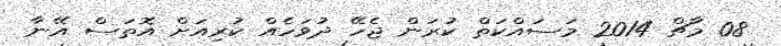
08 މާޗް 2014 މަސައްކަތް ކުރަން ޖެހޭ ދުވަހެއް ކުރިއަށް އޮތަސް އޭނާ